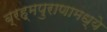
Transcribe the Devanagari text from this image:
ब्रह्मपुराणामध्ये